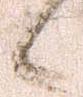
候